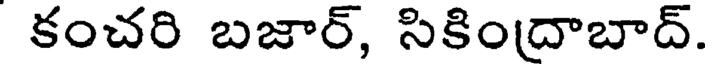
కంచరి బజార్, సికిందాబాద్.